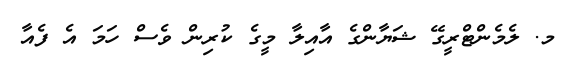
މ. ލެމެންޓްރީގޭ ޝަޔާންގެ އާއިލާ މީގެ ކުރިން ވެސް ހަމަ އެ ފެއާ